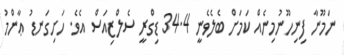
ނަމޫނާ ފިނިހޫނުމިނެއް ކަމަށް ބެލެވެނީ 34.4 ޑިގްރީ ސެލްޒިއަސް އެވެ. ހަށިގަނޑު ޢާންމު